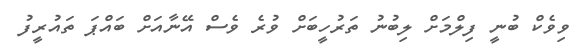
ވިވެކް ބުނީ ފިލްމަށް ލިބުނު ތަރުހީބަށް ވުރެ ވެސް އޭނާއަށް ބައްޕަ ތައުރީފު